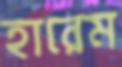
হারেম